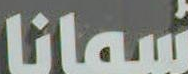
سمانا